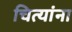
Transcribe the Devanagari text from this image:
चित्यांना